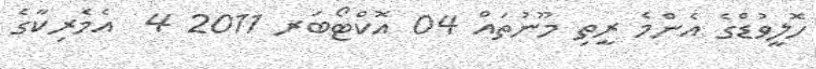
ހޮލީވުޑްގެ އެންމެ ރީތި މޫނުތައް 04 އޮކްޓޯބަރ 2011 4  އެމެރިކާގެ